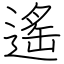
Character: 遙